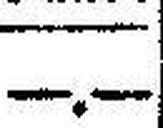
—.—